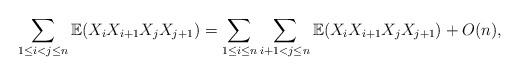
LaTeX: \begin{align*}\sum_{1\leq i<j \leq n}\mathbb{E}(X_iX_{i+1}X_jX_{j+1})=\sum_{1\leq i \leq n}\sum_{i+1<j\leq n}\mathbb{E}(X_iX_{i+1}X_jX_{j+1})+O(n),\end{align*}